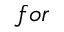
f o r